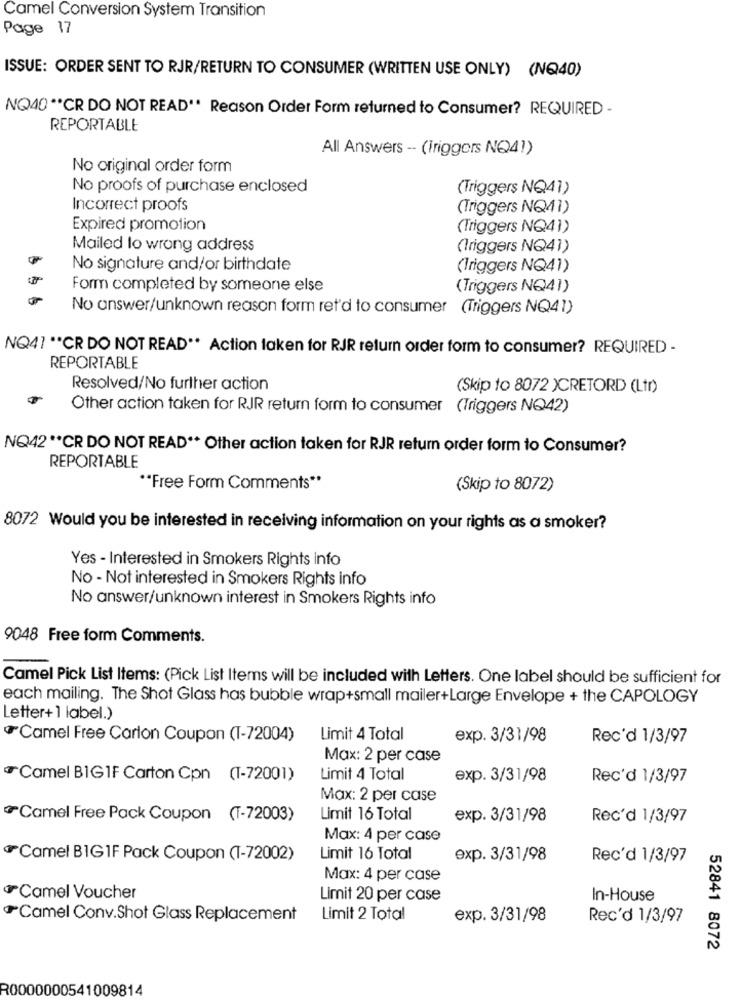
Camel Conversion System Transition
Page 17
ISSUE: ORDER SENT TO RJR/RETURN TO CONSUMER (WRITTEN USE ONLY) (NQ40)
NQ40 ** CR DO NOT READ" Reason Order Form returned to Consumer? REQUIRED -
REPORTABLE
All Answers -- (Triggers NQ41)
No original order form
No proofs of purchase enclosed
(Triggers NQ41)
Incorrect proofs
(Triggers NQ41)
Expired promotion
(Triggers NQ41)
Mailed lo wrong address
(Triggers NQ41)
No signature and/or birthdate
(Triggers NQ41)
Form completed by someone else
(Triggers NQ41)
No answer/unknown reason form ret'd to consumer (Triggers NQ41)
NQ41 ** CR DO NOT READ ** Action taken for RJR return order form to consumer? REQUIRED -
REPORTABLE
Resolved/No further action
(Skip to 8072 )CRETORD (Ltr)
Other action taken for RJR return form to consumer
(Triggers NQ42)
NO42 ** CR DO NOT READ ** Other action taken for RJR return order form to Consumer?
REPORTABLE
""Free Form Comments **
(Skip to 8072)
8072 Would you be interested in receiving information on your rights as a smoker?
Yes - Interested in Smokers Rights info
No - Not interested in Smokers Rights info
No answer/unknown interest in Smokers Rights info
9048 Free form Comments.
Camel Pick List Items: (Pick List Items will be included with Letters. One label should be sufficient for
each mailing. The Shot Glass has bubble wrap+small mailer+Large Envelope + the CAPOLOGY
Letter+ 1 label.)
Camel Free Carlon Coupon (1-72004)
Limit 4 Total
exp. 3/31/98
Rec'd 1/3/97
Max: 2 per case
Camel BIG1F Carton Cpn (T-72001)
Limit 4 Total
exp. 3/31/98
Rec'd 1/3/97
Max: 2 per case
Camel Free Pack Coupon (T-72003)
Limit 16 Total
exp. 3/31/98
Rec'd 1/3/97
Max: 4 per case
Camel BIG1F Pack Coupon (1-72002)
Limit 16 Total
exp. 3/31/98
Rec'd 1/3/97
Max: 4 per case
Camel Voucher
Limit 20 per case
In-House
Camel Conv.Shot Glass Replacement
Limit 2 Total
exp. 3/31/98
Rec'd 1/3/97
52841 8072
R0000000541009814